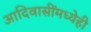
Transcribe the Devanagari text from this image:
आदिवासींमध्येही